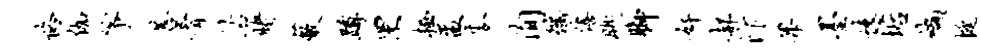
恪伽筝菩肴沽赌蔽蹲罘栖盂麦洵徭僖眺脚奸郝汴果墨远垢缬挺